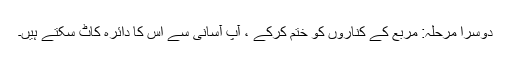
دوسرا مرحلہ: مربع کے کناروں کو ختم کرکے ، آپ آسانی سے اس کا دائرہ کاٹ سکتے ہیں۔